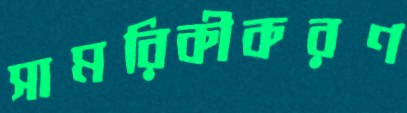
সামরিকীকরণ